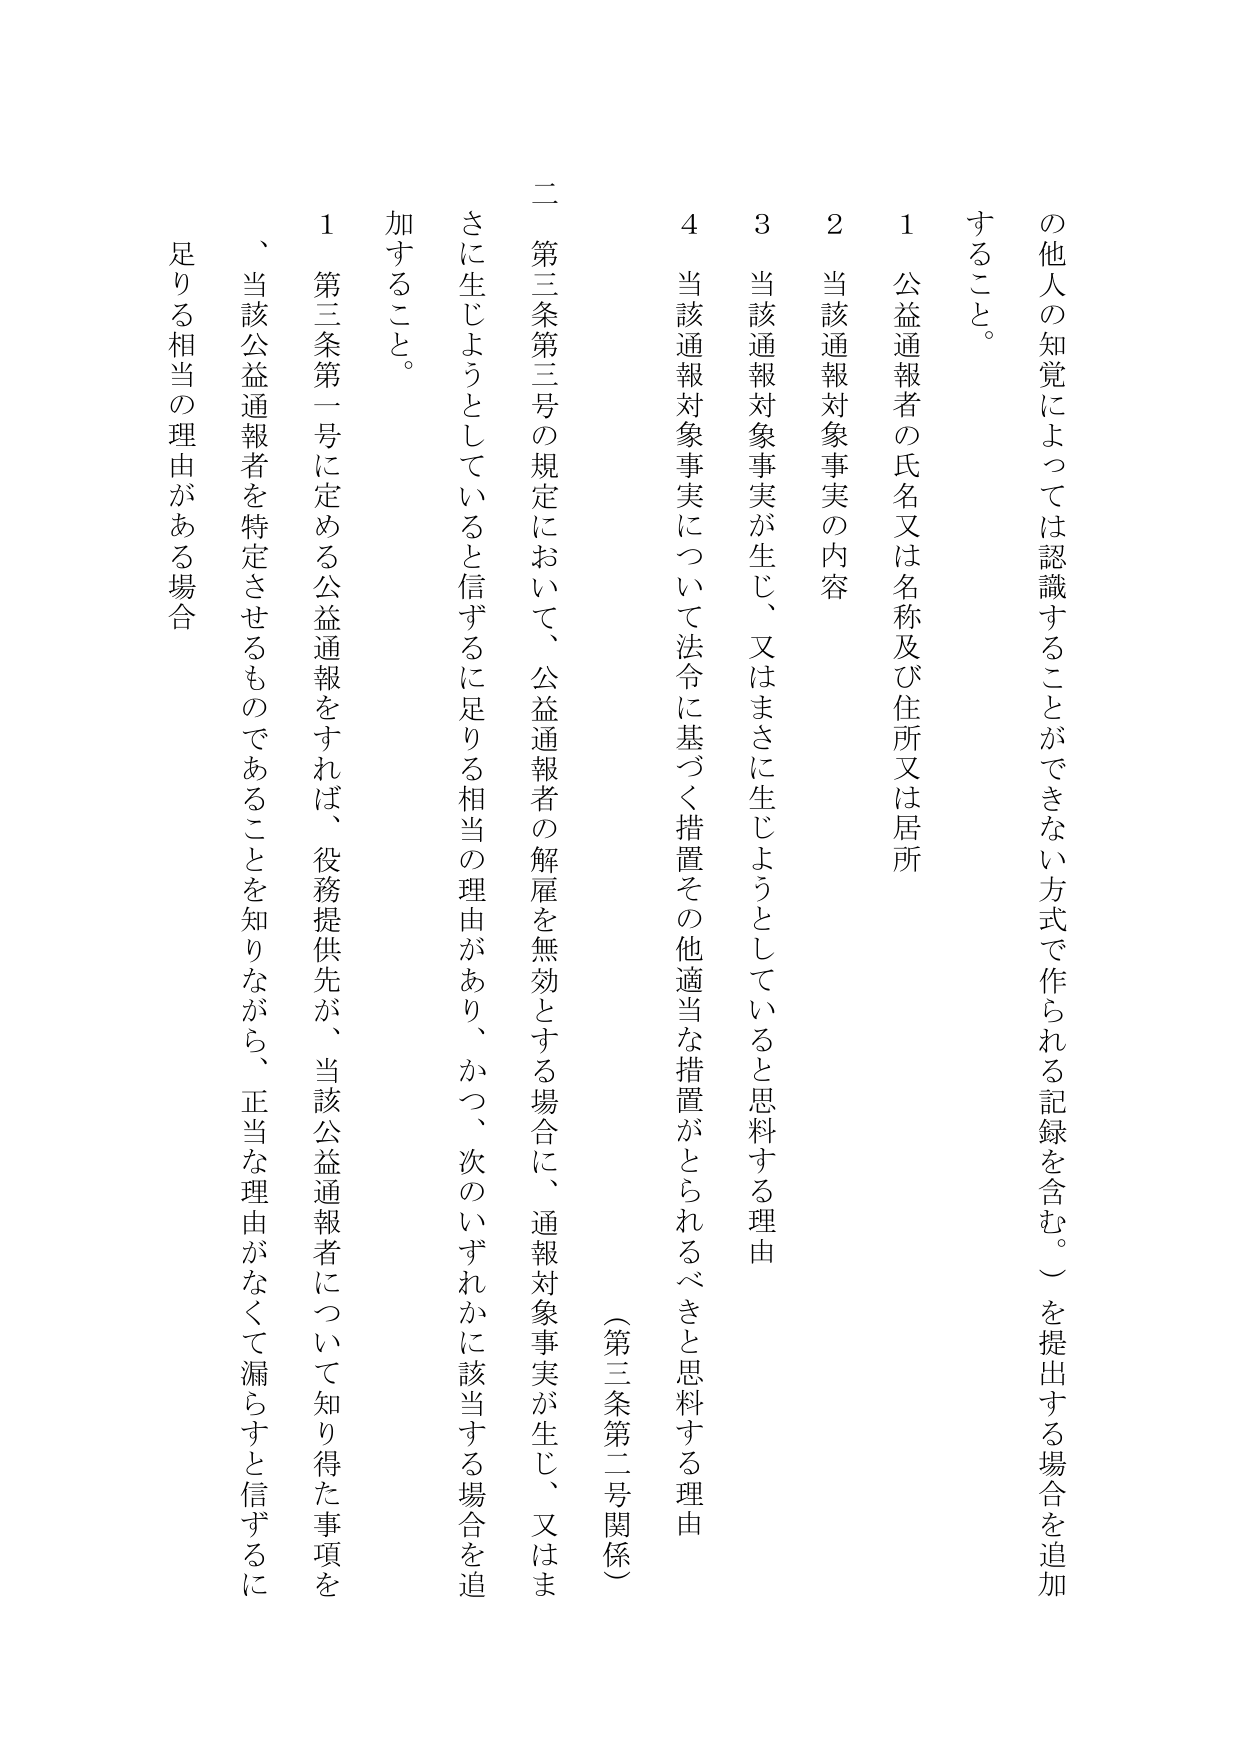
の他人の知覚によっては認識することができない方式で作られる記録を含む。）を提出する場合を追加すること。

1 公益通報者の氏名又は名称及び住所又は居所
2 当該通報対象事実の内容
3 当該通報対象事実が生じ、又はまさに生じようとしていると思料する理由
4 当該通報対象事実について法令に基づく措置その他適当な措置がとられるべきと思料する理由

（第三条第二号関係）

二 第三条第三号の規定において、公益通報者の解雇を無効とする場合に、通報対象事実が生じ、又はまさに生じようとしていると信ずるに足りる相当の理由があり、かつ、次のいずれかに該当する場合を追加すること。

1 第三条第一号に定める公益通報をすれば、役務提供先が、当該公益通報者について知り得た事項を、当該公益通報者を特定させるものであることを知りながら、正当な理由がなくて漏らすと信ずるに足りる相当の理由がある場合